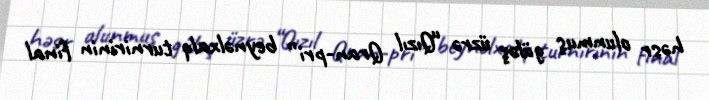
həsr olunmuş güləş üzrə “Qızıl Qran-pri” beynəlxalq turnirinin final